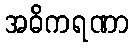
အဓိကရဏာ